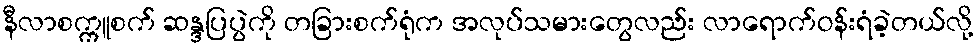
နီလာစက္ကူစက် ဆန္ဒပြပွဲကို တခြားစက်ရုံက အလုပ်သမားတွေလည်း လာရောက်ဝန်းရံခဲ့တယ်လို့